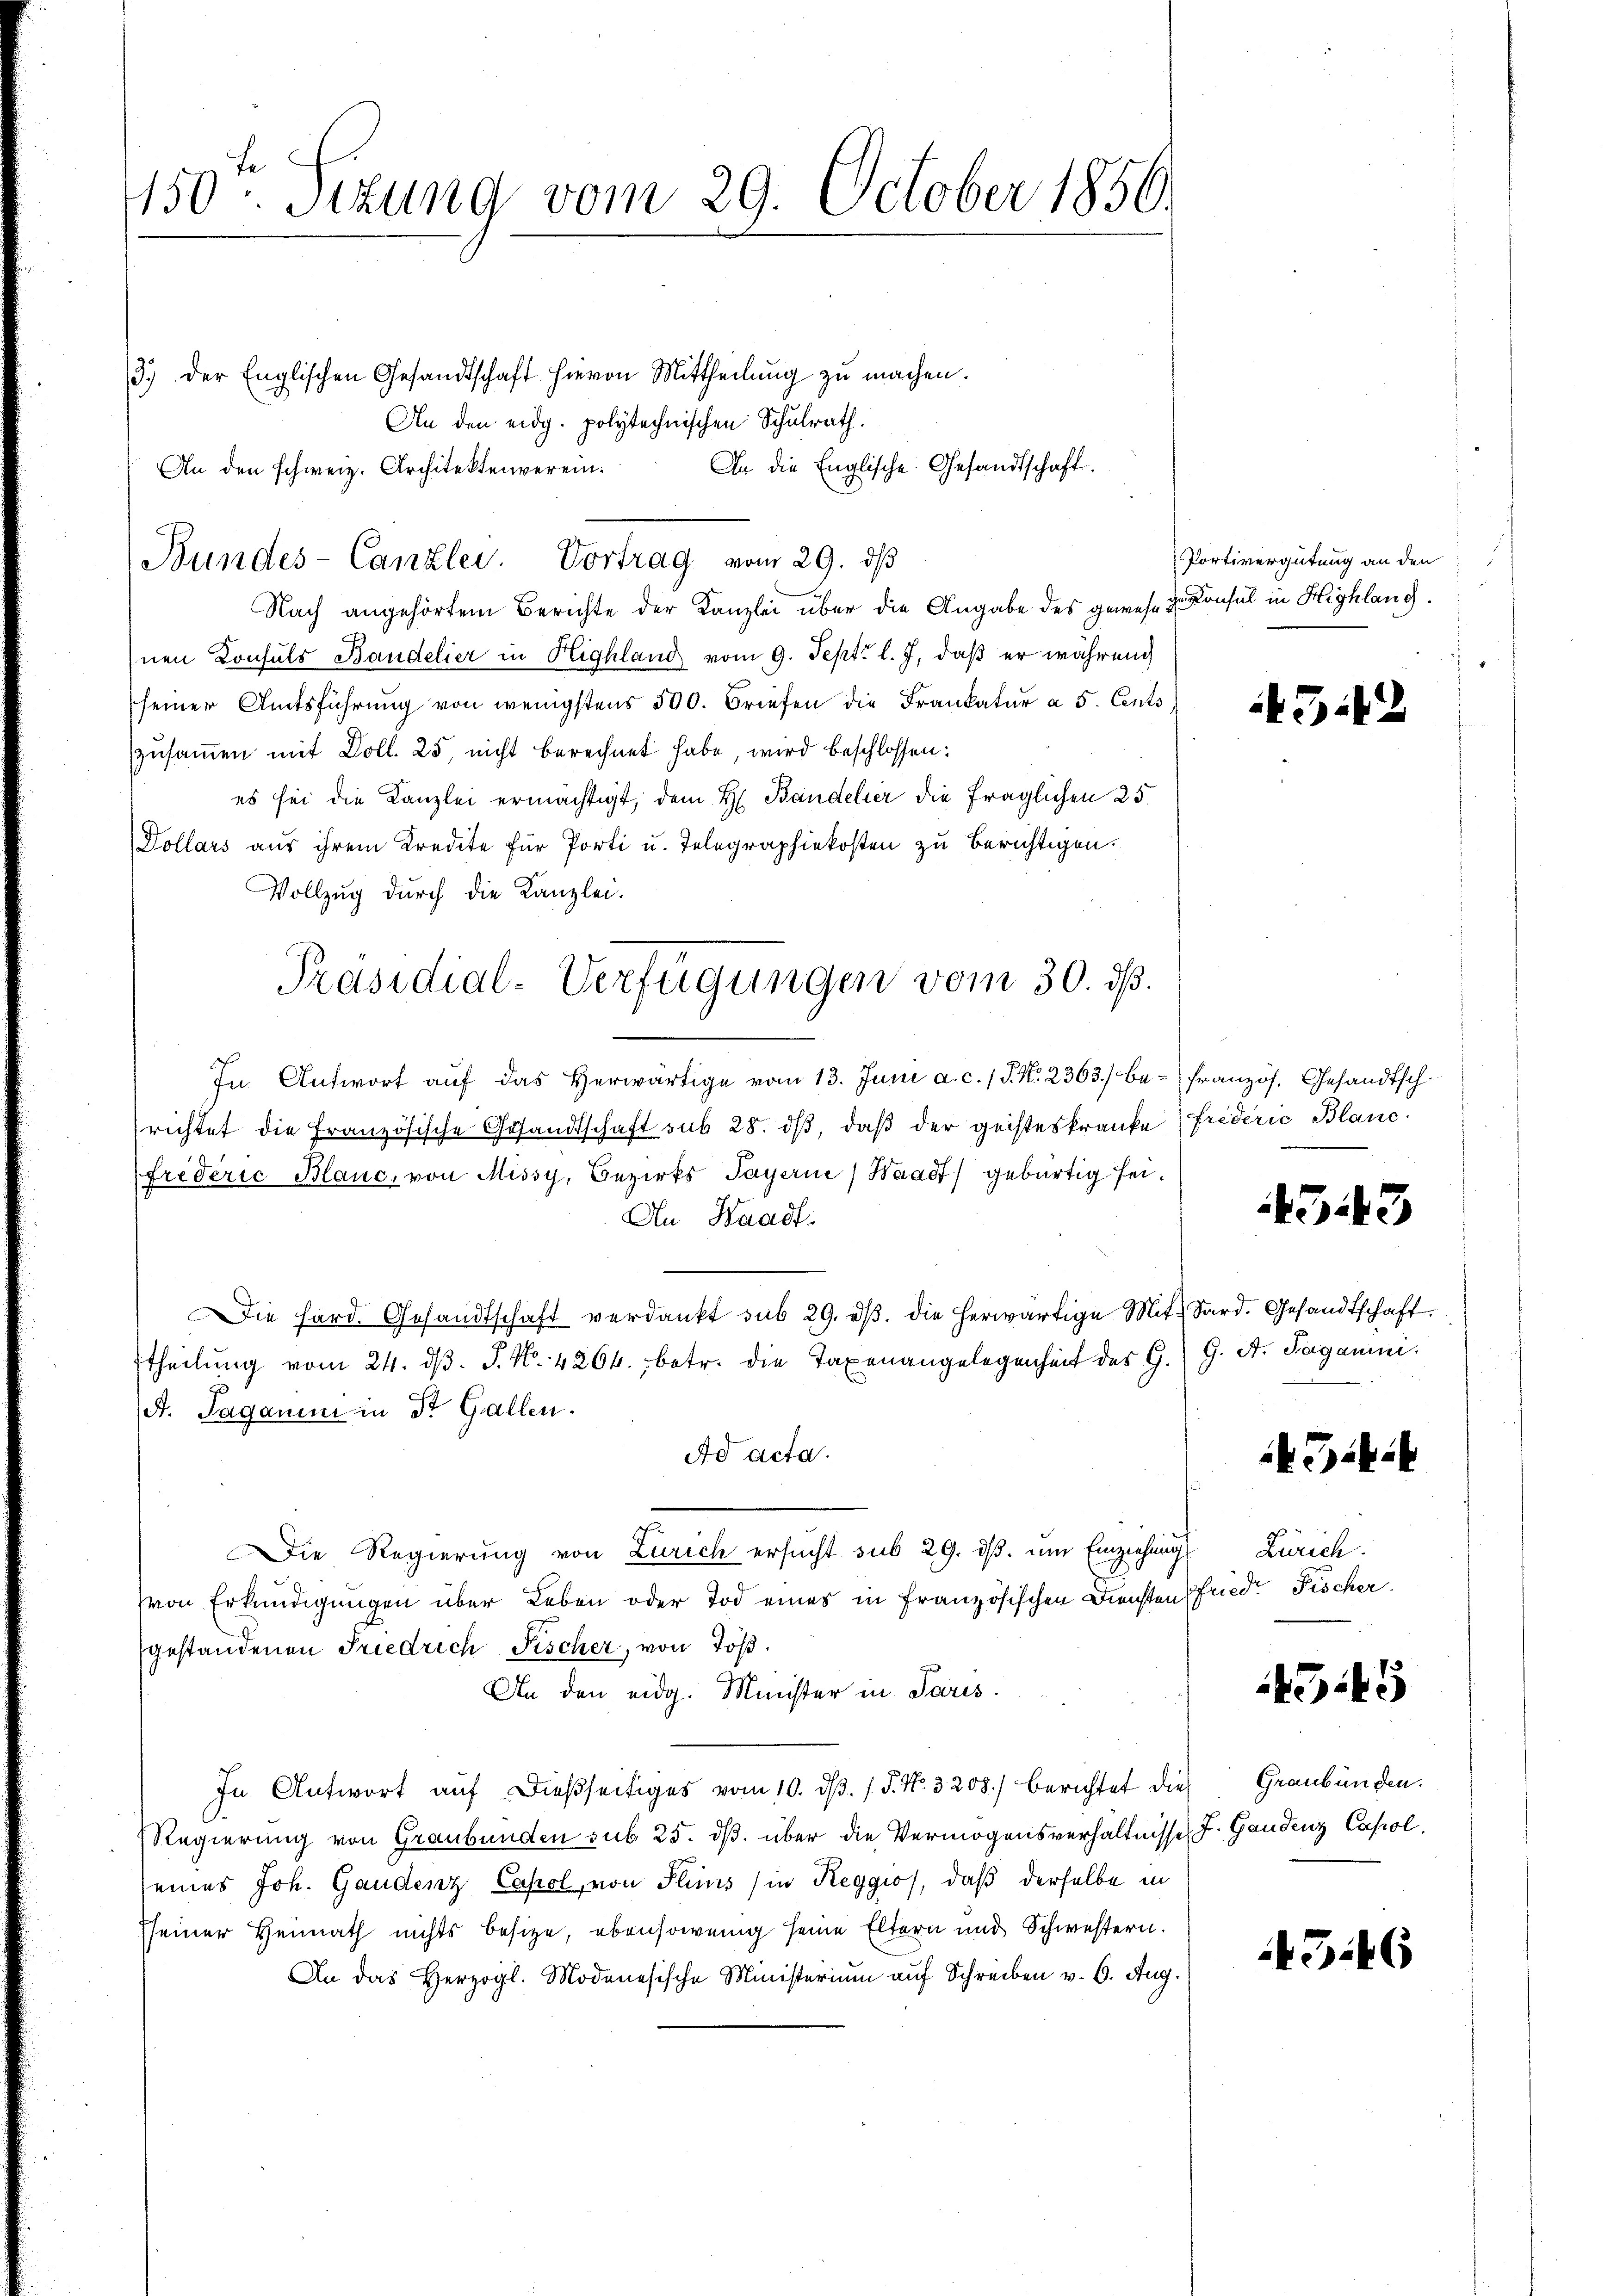
150. Sitzung vom 29. October 1856.

3.) Der Englischen Gesandtschaft hievon Mittheilŭng zŭ machen.
An den eidg. polytechnischen Schulrath.
An die Englische Gesandtschaft.
An den schweiz. Architektenverein.
Nach angehörtem Berichte der Kanzlei über die Angabe des gewesen Konsul in Highlang
hnen Consuls Bandelier in Highland vom 9. Sept. l. J., daß er während
seiner Amtsführung von wenigstens 500. Briefen die Frankatur à 5. Cents
zusammen mit Doll. 25, nicht berechnet habe, wird beschlossen:
es sei die Kanzlei ermächtigt, dem H. Bandelter die fraglichen 25.
Dollars aus ihrem Kredite für Porti u. Telegraphiekosten zu berichtigen.
Vollzug durch die Kanzlei.
In Antwort auf das Herwärtige vom 13. Juni a. c. 1 S. N. 2363) be- französ. Gesandtsch
richtet die Französische Gesandtschaft sub 28. dβ, daβ der geisteskranke (friderić Blanc
frederić Blanc, von Missy, Bezirks Payerne, Waadt) gebürtig sei¬
An Waadt.
Die Hard. Gesandtschaft verdankt sub 29. dβ. die herwärtige Mit Sard. Gesandtschaft.
theilŭng vom 24. dβ. P. Nr. 4264., betr. die Taxenangelegenheit des G. G. A. Sagamini
et. Saganum in Dr. Gallen.
Ad acta.
Die Regierung von Zürich ersucht sub 29. ds. um Einziehung
von Erkundigungen über Leben oder Tod eines in französischen Diensten fried. Fischer.
gestandenen Friedrich Fischer, von Jos.
An den eidg. Minister in Paris.
In Antwort auf dießseitiges vom 10. dβ. / P. Nr. 3208) berichtet die
Regierung von Graubünden sub. 25. ds. über die Vermögensverhältnisse, F. Gandenz Capol.
eines Joh. Gaudenz Cahol, von Plins (in Reggio, daß derselbe in
sseiner Heimath nichts besitze, ebensowenig seine Eltern und Schwestern.
An das Herzogl. Modenesische Ministerium auf Schreiben v. 6. Aug.

Bundes-Canzlei. Vortrag vom 29. dβ

Präsidial-Verfügungen vom 30. ds.

Portivergütung an den

3:1

343

Giit

Zürich.

4545

Graubünden.

43.46